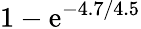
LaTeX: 1-\mathrm{e}^{-4.7/4.5}